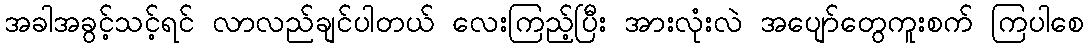
အခါအခွင့်သင့်ရင် လာလည်ချင်ပါတယ် လေးကြည့်ပြီး အားလုံးလဲ အပျော်တွေကူးစက် ကြပါစေ